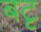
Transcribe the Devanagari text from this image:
बटृ